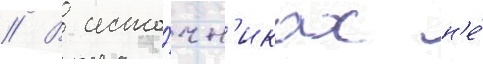
// В исто́чн'иках н'е́